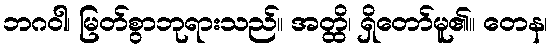
ဘဂဝါ၊ မြတ်စွာဘုရားသည်။ အတ္ထိ၊ ရှိတော်မူ၏။ တေန၊